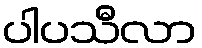
ပါပသီလာ